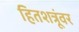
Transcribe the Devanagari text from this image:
हितशत्रूंवर